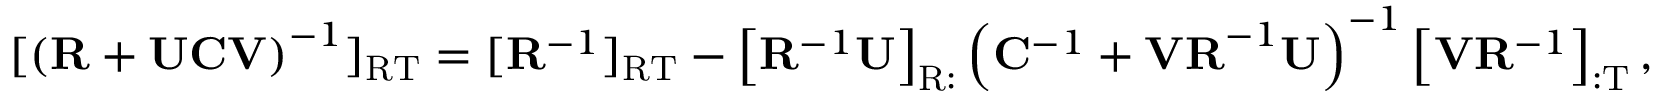
[ \left( \mathbf { R } + \mathbf { U C V } \right) ^ { - 1 } ] _ { \mathrm { R T } } = [ \mathbf { R } ^ { - 1 } ] _ { \mathrm { R T } } - \left[ \mathbf { R } ^ { - 1 } \mathbf { U } \right] _ { \mathrm { R : } } \left( \mathbf { C } ^ { - 1 } + \mathbf { V R } ^ { - 1 } \mathbf { U } \right) ^ { - 1 } \left[ \mathbf { V } \mathbf { R } ^ { - 1 } \right] _ { \mathrm { : T } } ,